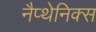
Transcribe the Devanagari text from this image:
नैप्थेनिक्स